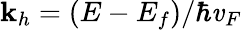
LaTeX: \mathbf{k}_{h}=(E-E_{f})/\hbar\mathit{v}_{F}